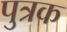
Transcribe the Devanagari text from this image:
पुत्रक